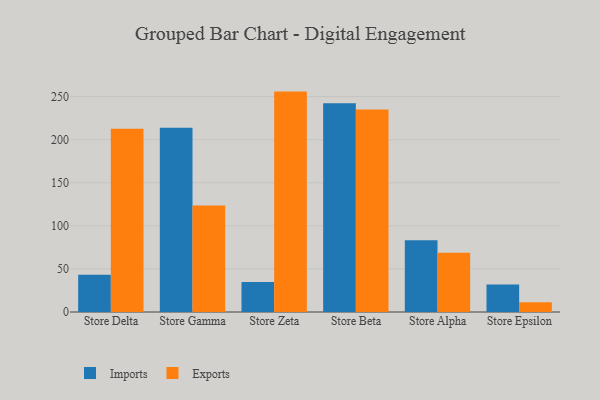
{"axis": {"x": "Store", "y": "Demand Index"}, "legend": ["Exports", "Imports"], "data": [{"x": "Store Delta", "y": 43.2, "type": "Imports"}, {"x": "Store Delta", "y": 212.6, "type": "Exports"}, {"x": "Store Gamma", "y": 213.9, "type": "Imports"}, {"x": "Store Gamma", "y": 123.6, "type": "Exports"}, {"x": "Store Zeta", "y": 34.7, "type": "Imports"}, {"x": "Store Zeta", "y": 255.8, "type": "Exports"}, {"x": "Store Beta", "y": 242.3, "type": "Imports"}, {"x": "Store Beta", "y": 235.1, "type": "Exports"}, {"x": "Store Alpha", "y": 83.4, "type": "Imports"}, {"x": "Store Alpha", "y": 68.7, "type": "Exports"}, {"x": "Store Epsilon", "y": 31.8, "type": "Imports"}, {"x": "Store Epsilon", "y": 11.2, "type": "Exports"}]}